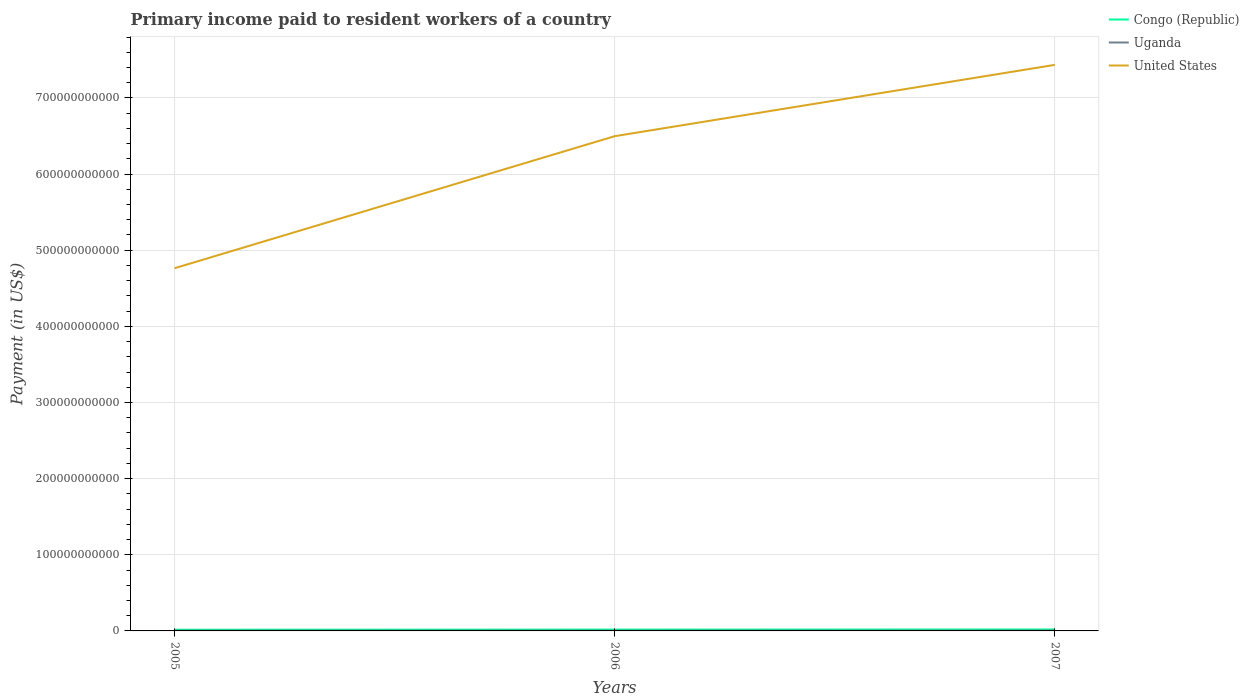
| Years | Congo (Republic) | Uganda | United States |
 | --- | --- | --- | --- |
 | 2005 | 1.6e+09 | 2.87e+08 | 4.76e+11 |
 | 2006 | 1.77e+09 | 3e+08 | 6.5e+11 |
 | 2007 | 1.91e+09 | 3.28e+08 | 7.43e+11 |